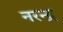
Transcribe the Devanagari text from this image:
नरन्द्र